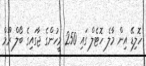
ހޮލިޑޭ އިން މާލެ ހޮޓެލް ގައި 250 މީހުންގެ ޖާގައިގެ ބޯލް ރޫމް